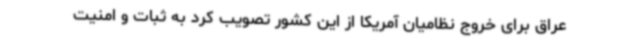
عراق برای خروج نظامیان آمریکا از این کشور تصویب کرد به ثبات و امنیت